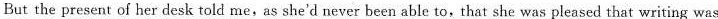
But the present of her desk told me,as she'd never been able to,that she was pleased that writing was